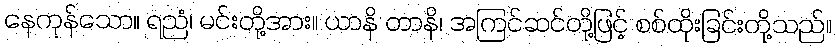
နေကုန်သော။ ရညံ၊ မင်းတို့အား။ ယာနိ တာနိ၊ အကြင်ဆင်တို့ဖြင့် စစ်ထိုးခြင်းတို့သည်။